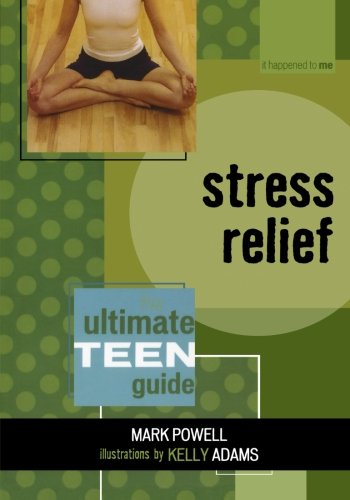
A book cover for Stress Relief: The Ultimate Teen Guide (It Happened to Me); Mark Powell; Teen & Young Adult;